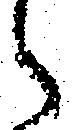
々